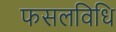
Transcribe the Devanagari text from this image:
फसलविधि